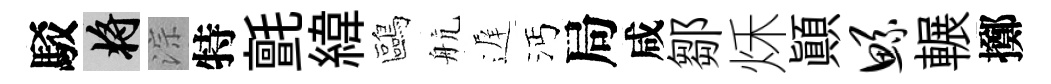
駁將淙特氈緯鷗航遅沔局咸鄒秌顚鲧輾擲